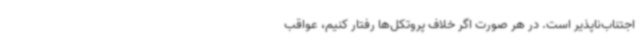
اجتناب‌ناپذیر است. در هر صورت اگر خلاف پروتکل‌ها رفتار کنیم، عواقب